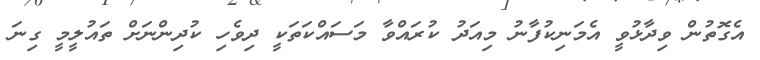
އެގޮތުން ވިދާޅުވީ އެމަނިކުފާނު މިއަދު ކުރައްވާ މަސައްކަތަކީ ދިވެހި ކުދިންނަށް ތައުލީމީ ގިނަ